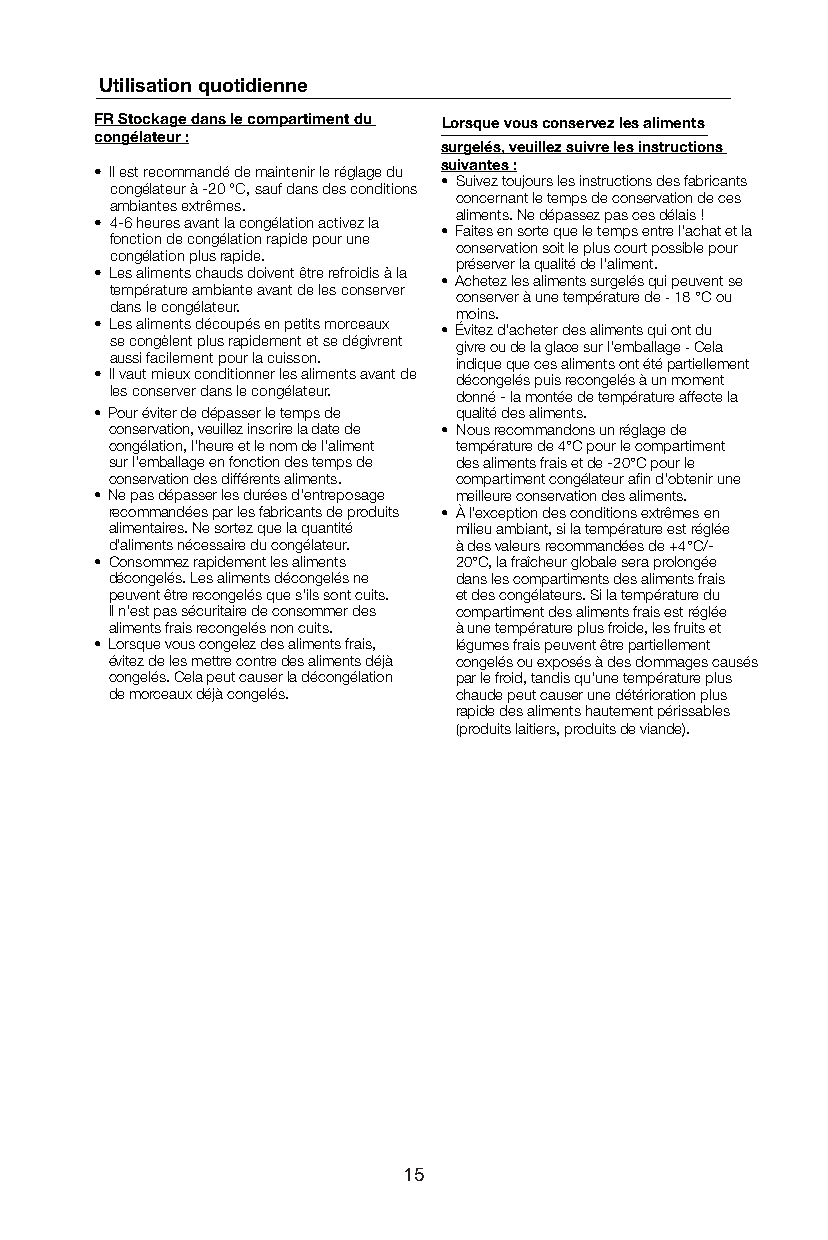
Utilisation quotidienne
 FR Stockage dans le compartiment du Lorsque vous conservez les aliments
 congélateur :
 surgelés, veuillez suivre les instructions
 suivantes :
 • Il est recommandé de maintenir le réglage du
 • Suivez toujours les instructions des fabricants
 congélateur à -20 °C, sauf dans des conditions
 concernant le temps de conservation de ces
 ambiantes extrêmes.
 aliments. Ne dépassez pas ces délais !
 • 4-6 heures avant la congélation activez la
 • Faites en sorte que le temps entre l'achat et la
 fonction de congélation rapide pour une
 conservation soit le plus court possible pour
 congélation plus rapide.
 préserver la qualité de l'aliment.
 • Les aliments chauds doivent être refroidis à la
 • Achetez les aliments surgelés qui peuvent se
 température ambiante avant de les conserver conserver à une température de - 18 °C ou
 dans le congélateur.
 moins.
 • Les aliments découpés en petits morceaux
 • Évitez d'acheter des aliments qui ont du
 se congèlent plus rapidement et se dégivrent givre ou de la glace sur l'emballage - Cela
 aussi facilement pour la cuisson. indique que ces aliments ont été partiellement
 • Il vaut mieux conditionner les aliments avant de décongelés puis recongelés à un moment
 les conserver dans le congélateur. donné - la montée de température affecte la
 • Pour éviter de dépasser le temps de qualité des aliments.
 conservation, veuillez inscrire la date de • Nous recommandons un réglage de
 congélation, l'heure et le nom de l'aliment température de 4°C pour le compartiment
 sur l'emballage en fonction des temps de des aliments frais et de -20°C pour le
 conservation des différents aliments. compartiment congélateur afin d'obtenir une
 • Ne pas dépasser les durées d'entreposage meilleure conservation des aliments.
 recommandées par les fabricants de produits • À l'exception des conditions extrêmes en
 alimentaires. Ne sortez que la quantité milieu ambiant, si la température est réglée
 d'aliments nécessaire du congélateur. à des valeurs recommandées de +4°C/-
 • Consommez rapidement les aliments 20°C, la fraîcheur globale sera prolongée
 décongelés. Les aliments décongelés ne dans les compartiments des aliments frais
 peuvent être recongelés que s'ils sont cuits. et des congélateurs. Si la température du
 Il n'est pas sécuritaire de consommer des compartiment des aliments frais est réglée
 aliments frais recongelés non cuits. à une température plus froide, les fruits et
 • Lorsque vous congelez des aliments frais, légumes frais peuvent être partiellement
 évitez de les mettre contre des aliments déjà congelés ou exposés à des dommages causés
 congelés. Cela peut causer la décongélation par le froid, tandis qu'une température plus
 de morceaux déjà congelés. chaude peut causer une détérioration plus
 rapide des aliments hautement périssables
 (produits laitiers, produits de viande).
 15